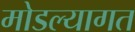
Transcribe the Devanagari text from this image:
मोडल्यागत